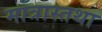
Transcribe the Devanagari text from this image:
मात्रास्तथा